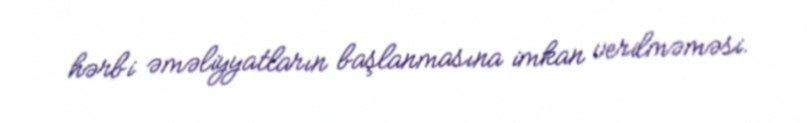
hərbi əməliyyatların başlanmasına imkan verilməməsi.